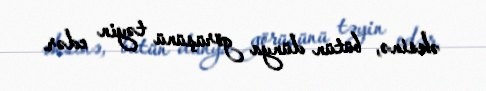
əksinə, bütün dünya görüşünü təyin edər.